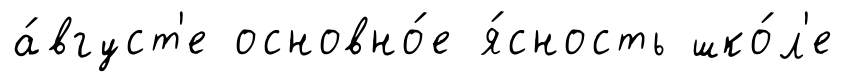
а́вгуст'е основно́е я́сность шко́л'е